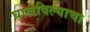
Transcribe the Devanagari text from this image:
घालविल्याचा